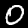
Label: 0